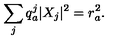
\sum _ { j } q _ { a } ^ { j } | X _ { j } | ^ { 2 } = r _ { a } ^ { 2 } .